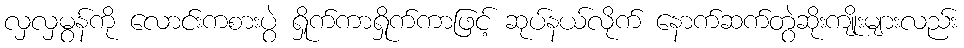
လှလှမွန်ကို လောင်းကစားပွဲ ရှိုက်ကာရှိုက်ကာဖြင့် ဆုပ်နယ်လိုက် နောက်ဆက်တွဲဆိုးကျိုးများလည်း